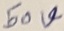
Text: 50V